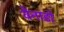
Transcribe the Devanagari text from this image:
वेनाडो